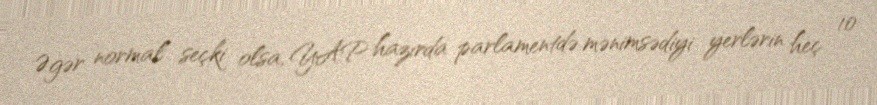
Əgər normal seçki olsa, YAP hazırda parlamentdə mənimsədiyi yerlərin heç 10